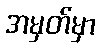
အမှတ်မှာ